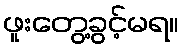
ဖူးတွေ့ခွင့်မရ။